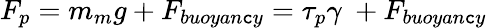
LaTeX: F_{p}=m_{m}g+F_{buoyan\mathtt{c}y}=\tau_{p}\gamma\ +F_{buoyan\mathtt{c}y}